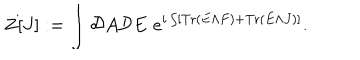
Z [ J ] : = \int { \cal D } A { \cal D } E \, \, e ^ { i \int [ \mathrm { T r } \left( E \wedge F \right) + \mathrm { T r } \left( E \wedge J \right) ] } .